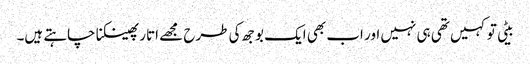
بیٹی تو کہیں تھی ہی نہیں اور اب بھی ایک بوجھ کی طرح مجھے اتار پھینکنا چاہتے ہیں۔